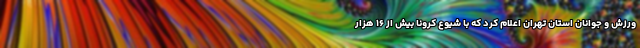
ورزش و جوانان استان تهران اعلام کرد که با شیوع کرونا بیش از ۱۶ هزار